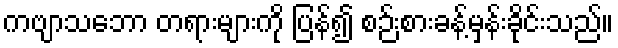
ကဗျာသဘော တရားများကို ပြန်၍ စဉ်းစားခန့်မှန်းခိုင်းသည်။